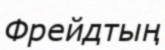
Фрейдтың